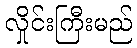
လှိုင်းကြီးမည်